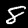
Digit: 8